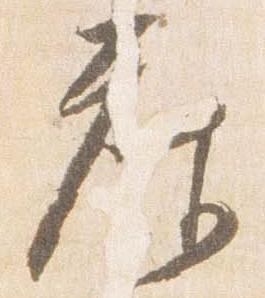
座